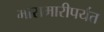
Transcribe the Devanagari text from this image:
मारामारीपर्यंत